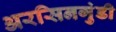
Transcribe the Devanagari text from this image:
अरसिनगुंडी